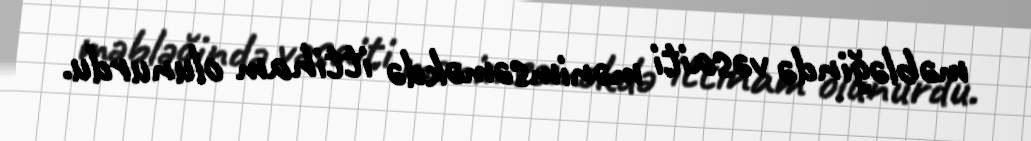
məbləğində vəsaiti mənimsəməkdə ittiham olunurdu.